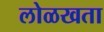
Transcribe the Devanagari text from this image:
लोळखता